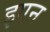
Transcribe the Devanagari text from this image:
इएन